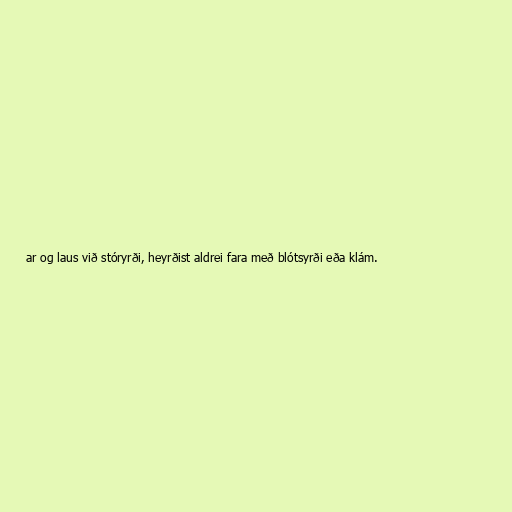
ar og laus við stóryrði, heyrðist aldrei fara með blótsyrði eða klám.